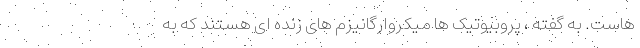
هاست. به گفته ، پروبیوتیک ها میکروارگانیزم های زنده ای هستند که به